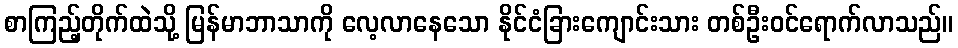
စာကြည့်တိုက်ထဲသို့ မြန်မာဘာသာကို လေ့လာနေသော နိုင်ငံခြားကျောင်းသား တစ်ဦးဝင်ရောက်လာသည်။